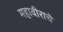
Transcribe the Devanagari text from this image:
महावीराचे